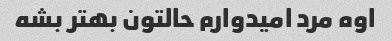
اوه مرد امیدوارم حالتون بهتر بشه